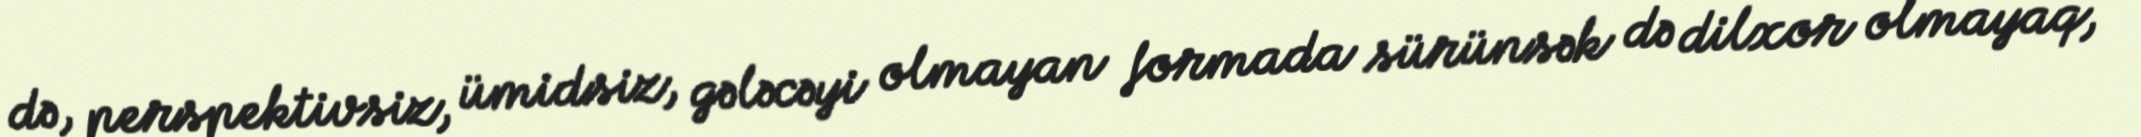
də, perspektivsiz, ümidsiz, gələcəyi olmayan formada sürünsək də dilxor olmayaq,